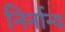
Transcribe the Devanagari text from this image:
निर्नान्य